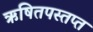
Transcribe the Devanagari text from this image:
ऋषितपस्तप्त